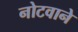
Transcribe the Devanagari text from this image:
नोटवाने